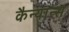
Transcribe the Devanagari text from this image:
कैन्यान्स